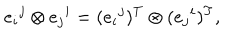
LaTeX: e _ { i } { } ^ { j } \otimes e _ { j } { } ^ { i } = ( e _ { i } { } ^ { j } ) ^ { T } \otimes ( e _ { j } { } ^ { i } ) ^ { T } ,